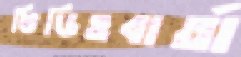
ভিডিওবার্তা